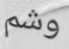
وشم